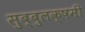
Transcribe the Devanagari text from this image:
सुब्बुलक्षमी